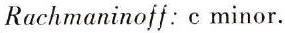
Rachmaninoff: c minor.